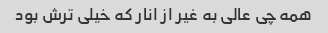
همه چی عالی به غیر از انار که خیلی ترش بود